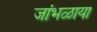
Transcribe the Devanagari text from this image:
जांभळाया